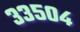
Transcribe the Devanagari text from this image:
३३५०४